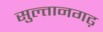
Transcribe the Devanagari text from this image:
सुल्तानगढ़